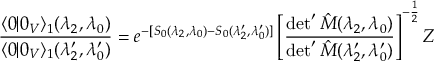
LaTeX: \frac { \langle 0 | 0 _ { V } \rangle _ { 1 } ( \lambda _ { 2 } , \lambda _ { 0 } ) } { \langle 0 | 0 _ { V } \rangle _ { 1 } ( { \lambda } _ { 2 } ^ { \prime } , { \lambda } _ { 0 } ^ { \prime } ) } = e ^ { - [ S _ { 0 } ( \lambda _ { 2 } , \lambda _ { 0 } ) - S _ { 0 } ( \lambda _ { 2 } ^ { \prime } , \lambda _ { 0 } ^ { \prime } ) ] } \left[ \frac { \operatorname * { d e t } ^ { \prime } \hat { { \cal M } } ( \lambda _ { 2 } , \lambda _ { 0 } ) } { \operatorname * { d e t } ^ { \prime } \hat { { \cal M } } ( \lambda _ { 2 } ^ { \prime } , \lambda _ { 0 } ^ { \prime } ) } \right] ^ { - \frac 1 2 } { \cal Z }